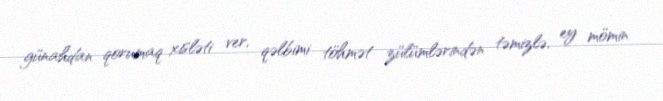
günahdan qorumaq xisləti ver, qəlbimi töhmət zülümlərindən təmizlə, ey mömin